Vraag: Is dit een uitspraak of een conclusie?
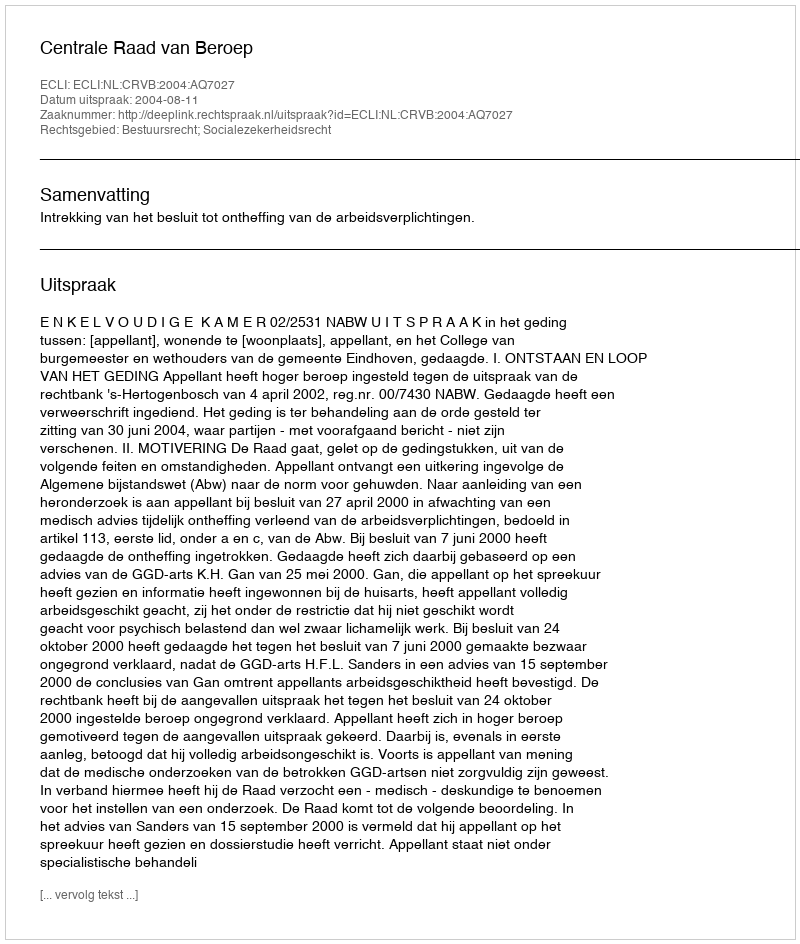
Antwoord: Uitspraak